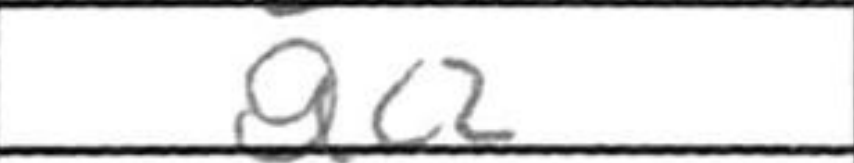
Transcription: Qc2